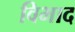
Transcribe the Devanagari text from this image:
विभाद